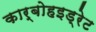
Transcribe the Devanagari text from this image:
कार्बोहइड्रेट